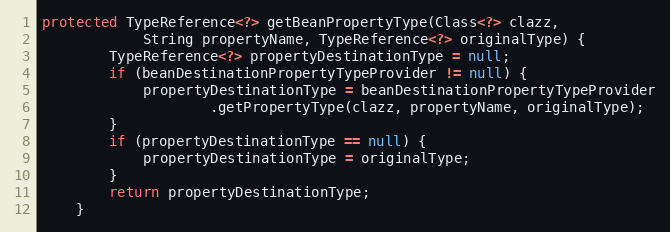
Language: Java
protected TypeReference<?> getBeanPropertyType(Class<?> clazz,
			String propertyName, TypeReference<?> originalType) {
		TypeReference<?> propertyDestinationType = null;
		if (beanDestinationPropertyTypeProvider != null) {
			propertyDestinationType = beanDestinationPropertyTypeProvider
					.getPropertyType(clazz, propertyName, originalType);
		}
		if (propertyDestinationType == null) {
			propertyDestinationType = originalType;
		}
		return propertyDestinationType;
	}